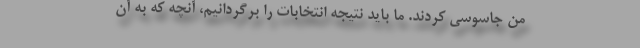
من جاسوسی کردند. ما باید نتیجه انتخابات را برگردانیم، آنچه که به آن